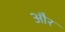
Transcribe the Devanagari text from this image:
और